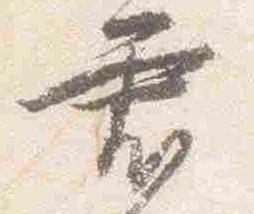
君